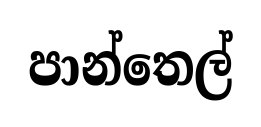
පාන්තෙල්